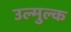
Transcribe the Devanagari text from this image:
उल्मुल्क